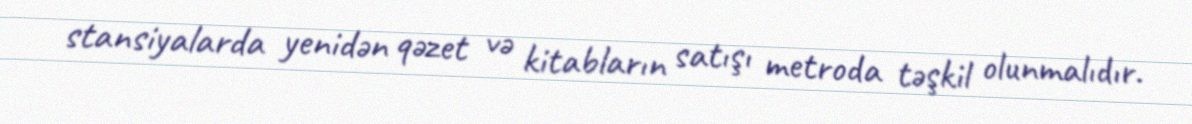
stansiyalarda yenidən qəzet və kitabların satışı metroda təşkil olunmalıdır.